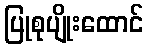
ပြုစုပျိုးထောင်